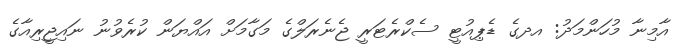
އާމިނާ މުހަންމަދު: އދގެ ޑެޕިއުޓީ ސެކްރެޓަރީ ޖެނެރަލްގެ މަގާމަށް އައްޔަން ކުރެވުނު ނައިޖީރިއާގެ